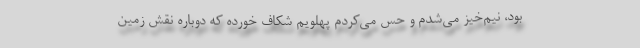
بود، نیم‌خیز می‌شدم و حس می‌کردم پهلویم شکاف خورده که دوباره نقش زمین